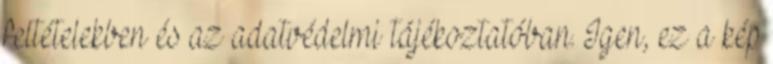
feltételekben és az adatvédelmi tájékoztatóban. Igen, ez a kép